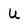
Character: U